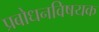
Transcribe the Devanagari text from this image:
प्रबोधनविषयक